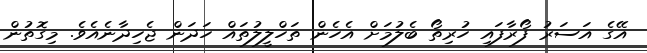
އޭގެ އަސަރު ފޯރާފައި ހުރިތޯ ބެލުމަށް އެހެން ތަހްލީލުތައް ހަދަން ޖެހިދާނެއެވެ. މިގޮތުން